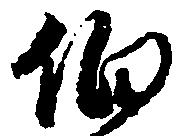
伯